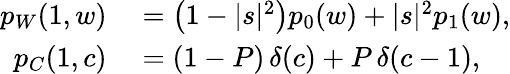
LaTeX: \begin{array}{rl}{p_{W}(1,w)}&{{}=\bigl(1-|s|^{2}\bigr)p_{0}(w)+|s|^{2}p_{1}(w),}\\ {p_{C}(1,c)}&{{}=(1-P)\, \delta(c)+P\, \delta(c-1),}\end{array}